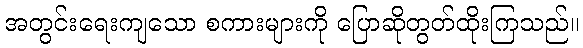
အတွင်းရေးကျသော စကားများကို ပြောဆိုတွတ်ထိုးကြသည်။